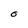
Character: O